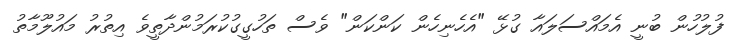
ފުލުހުން ބުނީ އެމައްސަލައާ ގުޅޭ "އެހެނިހެން ކަންކަން" ވެސް ތަހުގީގުކުރަމުންދާތީވެ އިތުރު މައުލޫމާތު